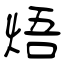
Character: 焐